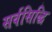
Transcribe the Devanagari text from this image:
सर्वसिद्धि